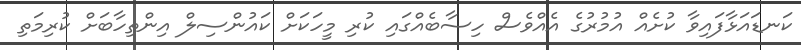
ކަނޑައަޅާފައިވާ ކުށެއް އުމުރުގެ އެއްވެސް ހިސާބެއްގައި ކުރި މީހަކަށް ކައުންސިލް އިންތިހާބަށް ކުރިމަތި